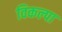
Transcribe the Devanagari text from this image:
विकल्पा